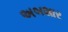
અબશાર